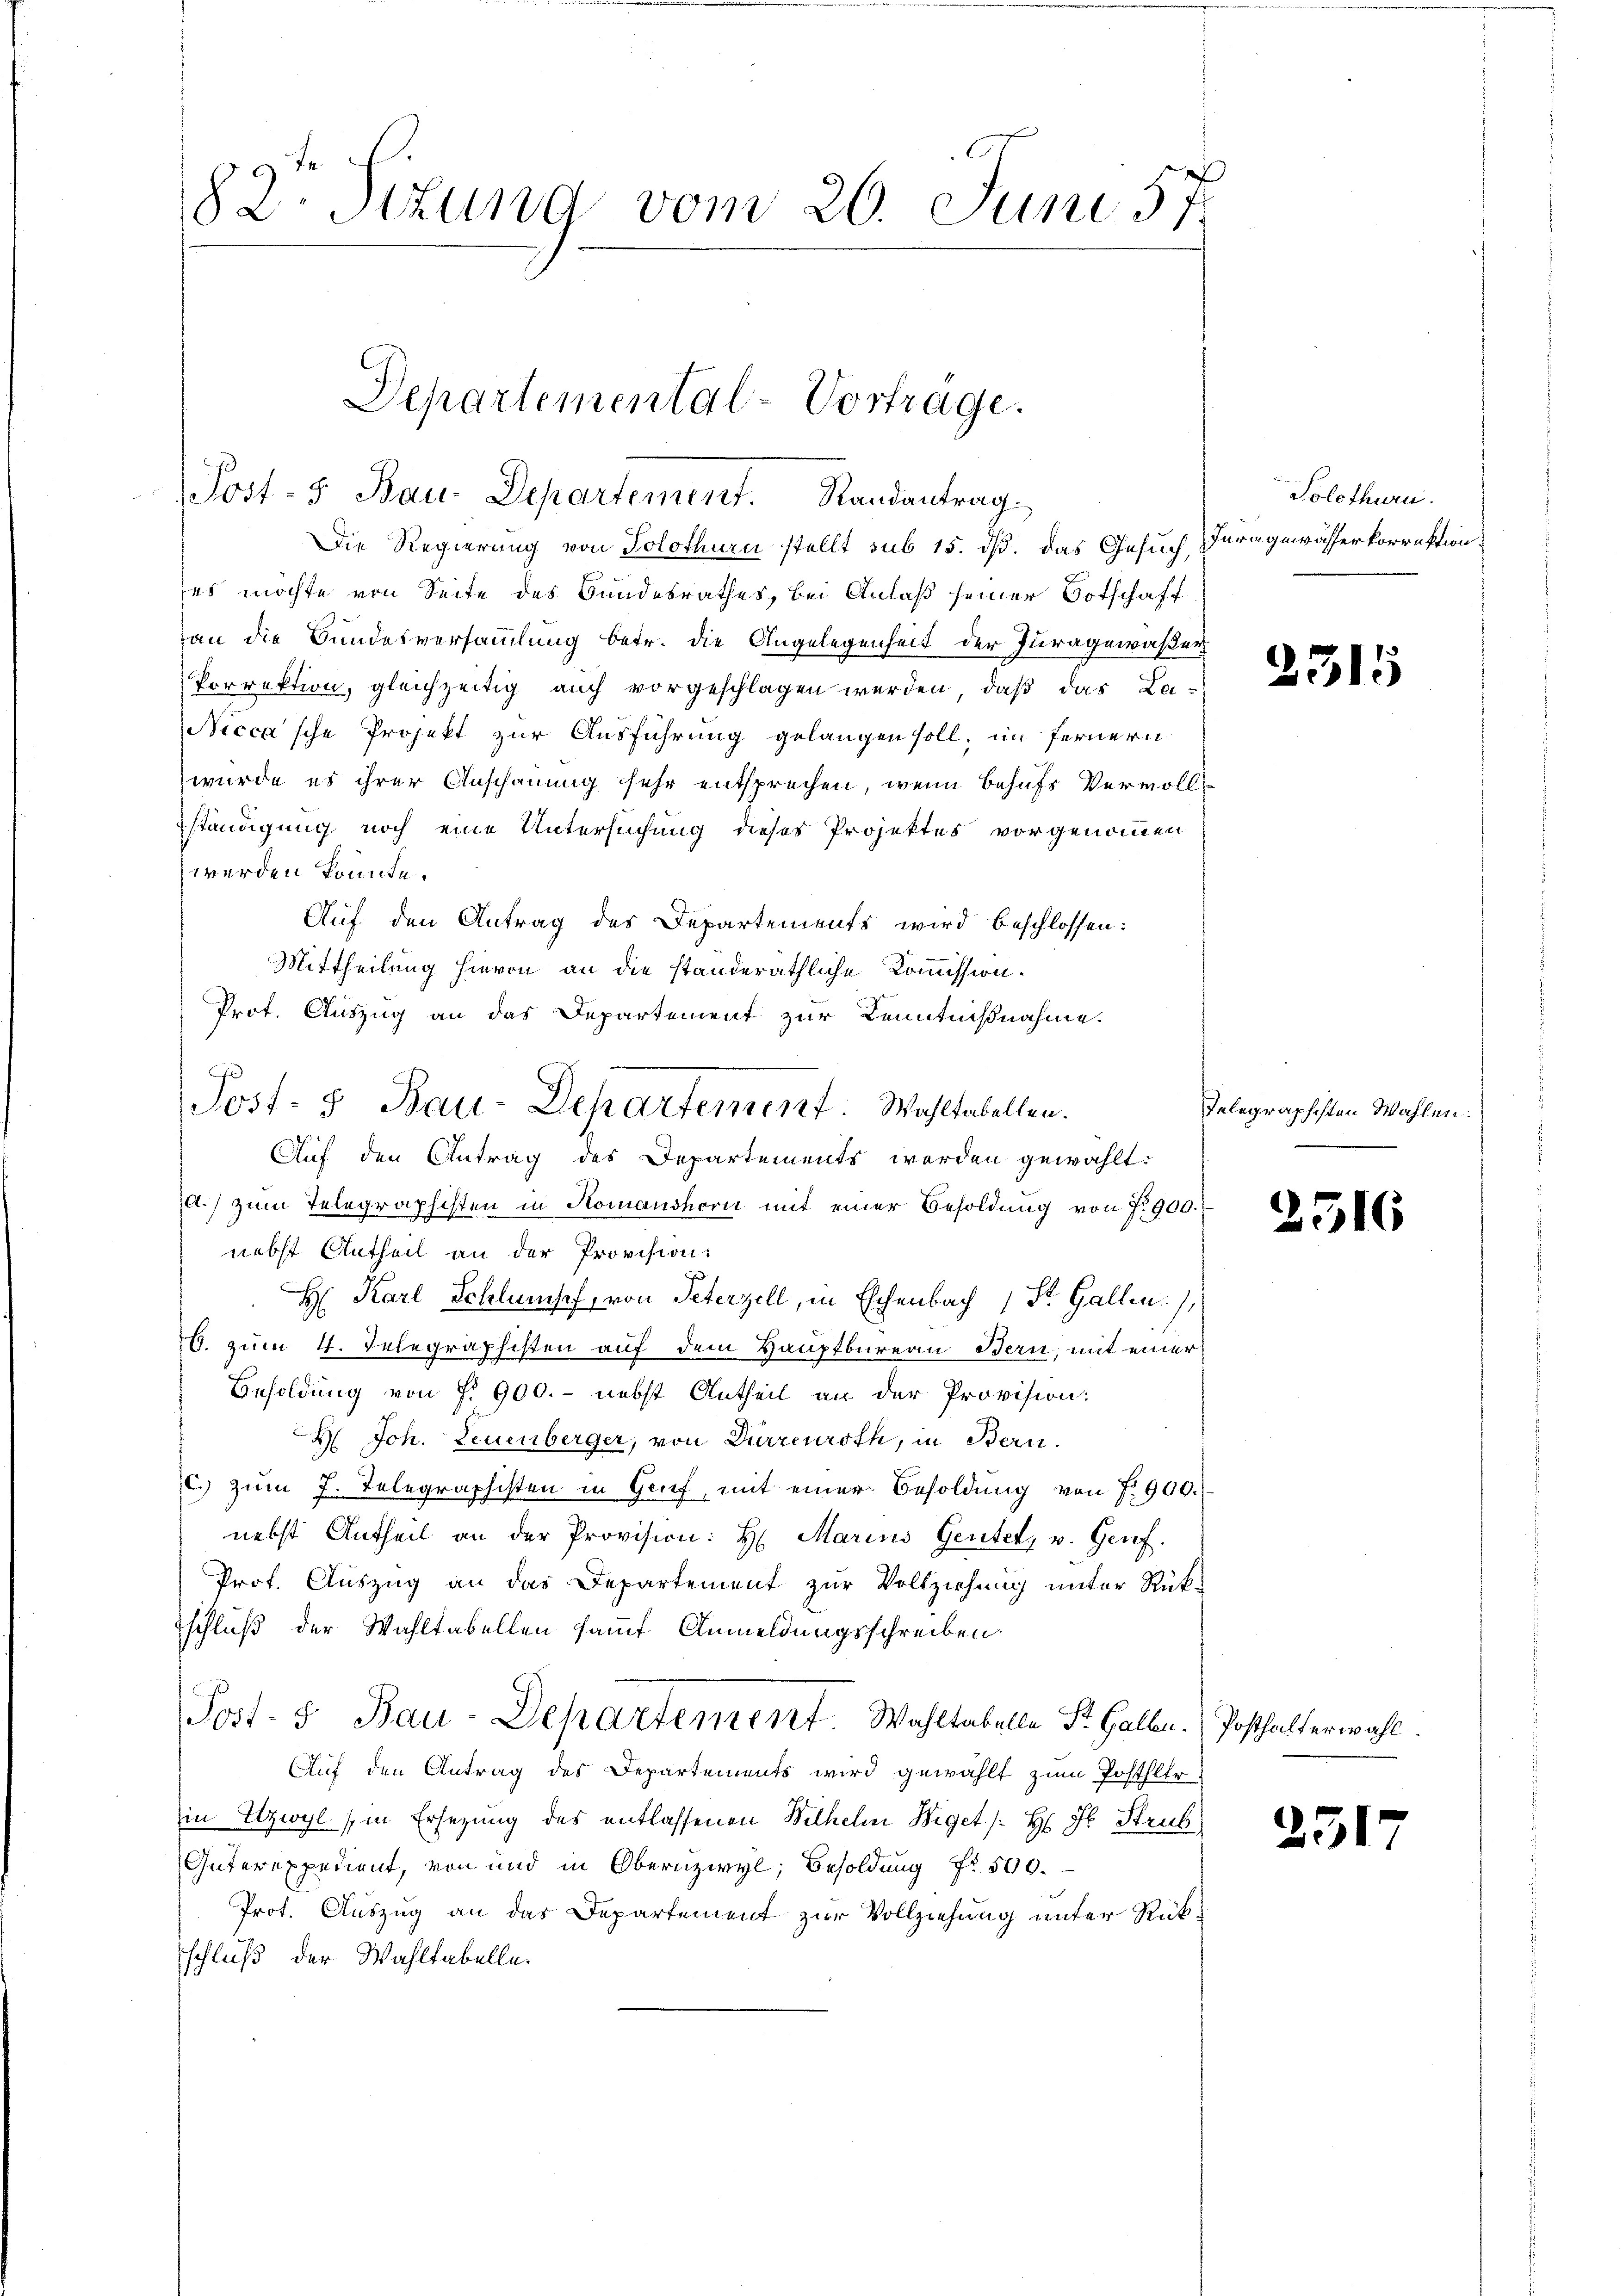
82. Situng vom 26. Juni 57.

Die Regierung von Solothurn stellt sub 15. dß. das Gesuch, Juragewässerkorrektion
es möchte von Seite des Bundesrathes, bei Anlaß seiner Botschaft
an die Bundesversammlung betr. die Angelegenheit der Juragewäßer
Porrektion, gleichzeitig auch vorgeschlagen werden, daß das La¬
Nicca’sche Projekt zur Ausführung gelangen soll, im Fernern
wurde es ihrer Anschauung sehr entsprechen, wenn behufs Vervollständigung noch eine Untersuchung dieses Projektes vorgenommen
werden könnte.
Auf den Antrag des Departements wird beschlossen:
Mittheilung hievon an die standeräthliche Kommission.
Prot. Auszug an das Departement zur Kenntnißnahme.
.) zum Telegraphisten in Komanshorn mit einer Besoldung von No 900.
nebst Antheil an der Provision:
H: Karl Schlumseh, von Peterzell, in Eschenbach 1 St. Gallen),
10. zum 4. Telegraphisten auf dem Hauptbureau Bern, mit einer
Besoldung von § 900.- nebst Antheil an der Provision:
H. Joh. Leuenberger, von Dürrenroth, in Bern.
c. zum J. Telegraphisten in Genf, mit einer Besoldung von No 900.
nebst Antheil an der Provision: H. Marins Gentel, u. Genf.
Prof. Auszug an das Departement zur Vollziehung unter Rück-
schluß der Wahltabellen samt Anmeldungsschreiben.
Post- 5. Bau-Departement Wahltabelle Sr. Halben. (Posthalterwahl.
Auf den Antrag des Departements wird gewählt zum Posthler.
in Utzwyl (in Ersezung des entlassenen Wilhelm Wiget /: H Jb. Strub
Güterexpedient, von und in Obernzwyl, Besoldŭng fr. 500.
Prot. Auszug an das Departement zur Vollziehung unter Rückschluß der Wahltabelle.

Departemental-Vortrage.
Post- & Bau-Departement. Randantrag

Post- u Bau-Departement. Wahltabellen.
Auf den Antrag des Departements werden gewählt:

Solothurn.

2315

Telegraphisten Wahlen.
2516

2517